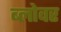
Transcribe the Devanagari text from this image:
ब्लोवर